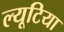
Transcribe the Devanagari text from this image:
ल्यूटिया